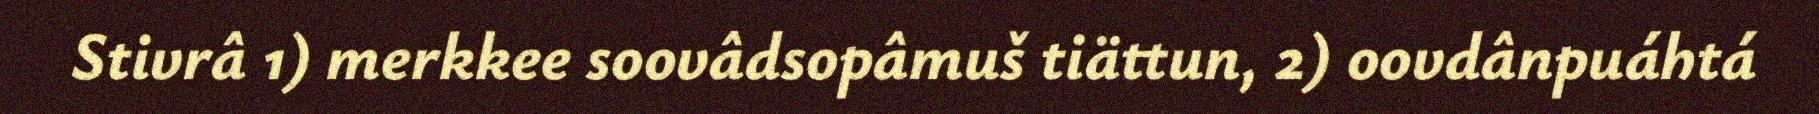
Stivrâ 1) merkkee soovâdsopâmuš tiättun, 2) oovdânpuáhtá